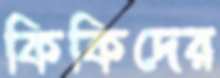
কিকিদের